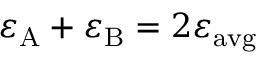
\varepsilon _ { \mathrm { A } } + \varepsilon _ { \mathrm { B } } = 2 \varepsilon _ { \mathrm { a v g } }